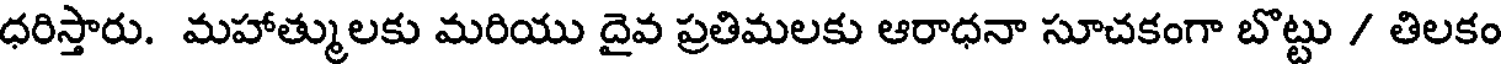
ధరిస్తారు. మహాత్ములకు మరియు దైవ ప్రతిమలకు ఆరాధనా సూచకంగా బొట్టు / తిలకం